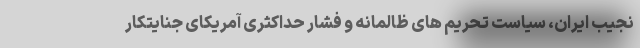
نجیب ایران، سیاستِ تحریم های ظالمانه و فشار حداکثری آمریکای جنایتکار